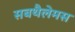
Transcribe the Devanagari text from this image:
सबथैलेमस